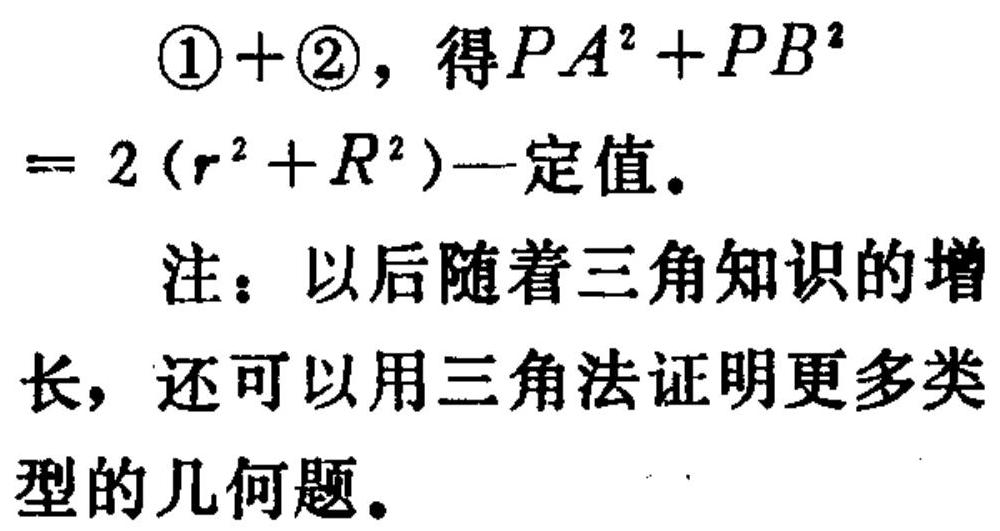
\(\textcircled{1}+\textcircled{2}\)，得\(PA^{2}+PB^{2}=2(r^{2}+R^{2})\)一定值。

注：以后随着三角知识的增长，还可以用三角法证明更多类型的几何题。